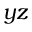
y z